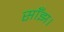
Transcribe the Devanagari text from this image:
साँझ।